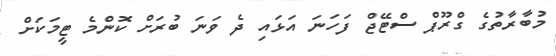
މުބާރާތުގެ ގްރޫޕް ސްޓޭޖް ފަހަނަ އަޅައި ދެ ވަނަ ބުރަށް ކޮންމެ ޓީމަކަށް